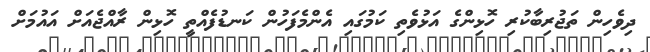
ދިވެހިން ތަޖުރިބާކުރި ހޮޅިންގެ އަޅުވެތި ކަމުގައި އެންމެފަހުން ކަނޑުފެއްތީ ހޮޅިން ރާއްޖެއަށް އައުމަށް